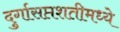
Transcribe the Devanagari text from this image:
दुर्गासप्तशतीमध्ये